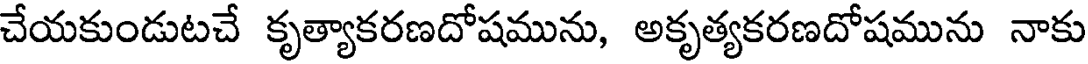
చేయకుండుటచే కృత్యాకరణదోషమును, అకృత్యకరణదోషమును నాకు